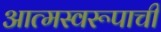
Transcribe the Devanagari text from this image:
आत्मस्वरूपाची